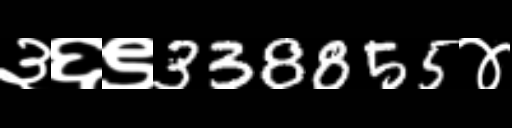
Text: ३६९338855४